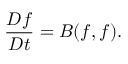
\frac { D f } { D t } = B ( f , f ) .